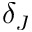
\delta _ { J }